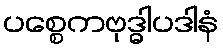
ပစ္စေကဗုဒ္ဓါပဒါနံ